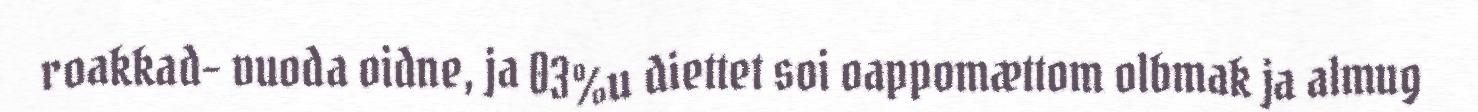
roakkad- vuoda oidne, ja 03%u diettet soi oappomættom olbmak ja almug